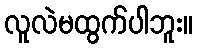
လူလဲမထွက်ပါဘူး။